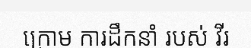
ក្រោម ការដឹកនាំ របស់ វីរ